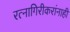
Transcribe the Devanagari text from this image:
रत्नागिरीकरांनाही